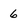
Character: 6